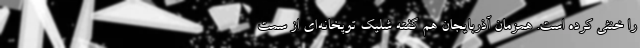
را خنثی کرده است. همزمان آذربایجان هم گفته شلیک توپخانه‌ای از سمت